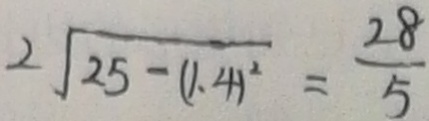
2 \sqrt { 2 5 - ( 1 . 4 ) ^ { 2 } } = \frac { 2 8 } { 5 }